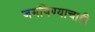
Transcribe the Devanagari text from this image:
जमविण्याचाही